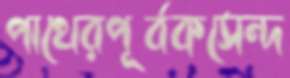
পাথেরপূর্বকসেন্দ